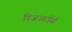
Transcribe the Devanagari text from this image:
डिजआर्डर्स